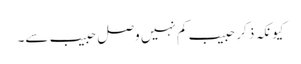
کیونکہ ذکرِ حبیب کم نہیں وصلِ حبیب سے۔